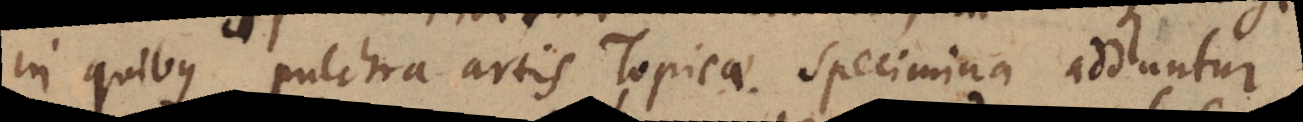
in quibus pulchra artis Topicae specimina adduntur